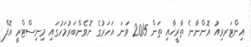
އިންޓަރވިއު އޮންނާނެ ތާރީޚާއި ތަން 2015 ވަނަ އަހަރުގެ ނޮވެންބަރުމަހުގައި މިނިސްޓްރީ އޮފް